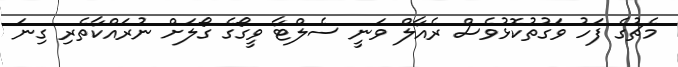
މެޗުގެ ފަހު ވަގުތުކޮޅުވެސް ރެއާލް ވަނީ ސެލްޓާ ވީގޯގެ ގޯލަށް ނުރައްކާތެރި ގިނަ